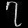
Digit: ၇